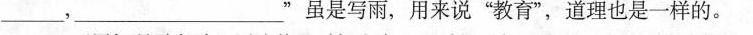
____，___”虽是写雨，用来说”教育”，道理也是一样的。